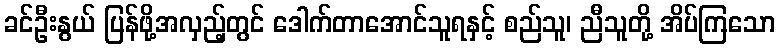
ခင်ဦးနွယ် ပြန်ဖို့အလှည့်တွင် ဒေါက်တာအောင်သူရနှင့် စည်သူ၊ ညီသူတို့ အိပ်ကြသော